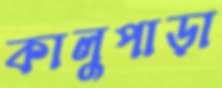
কালুপাড়া